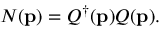
N ( { \bf p } ) = Q ^ { \dagger } ( { \bf p } ) Q ( { \bf p } ) .